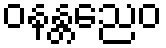
ဝနန္တညေဝ